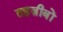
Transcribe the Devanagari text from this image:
तहज़ीबों